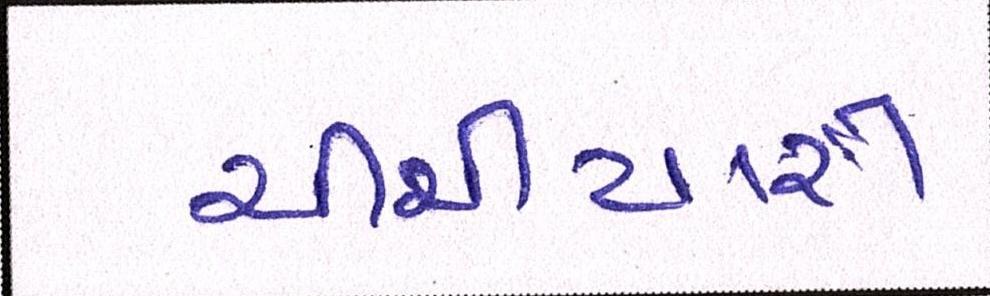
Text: ચીચીયારી